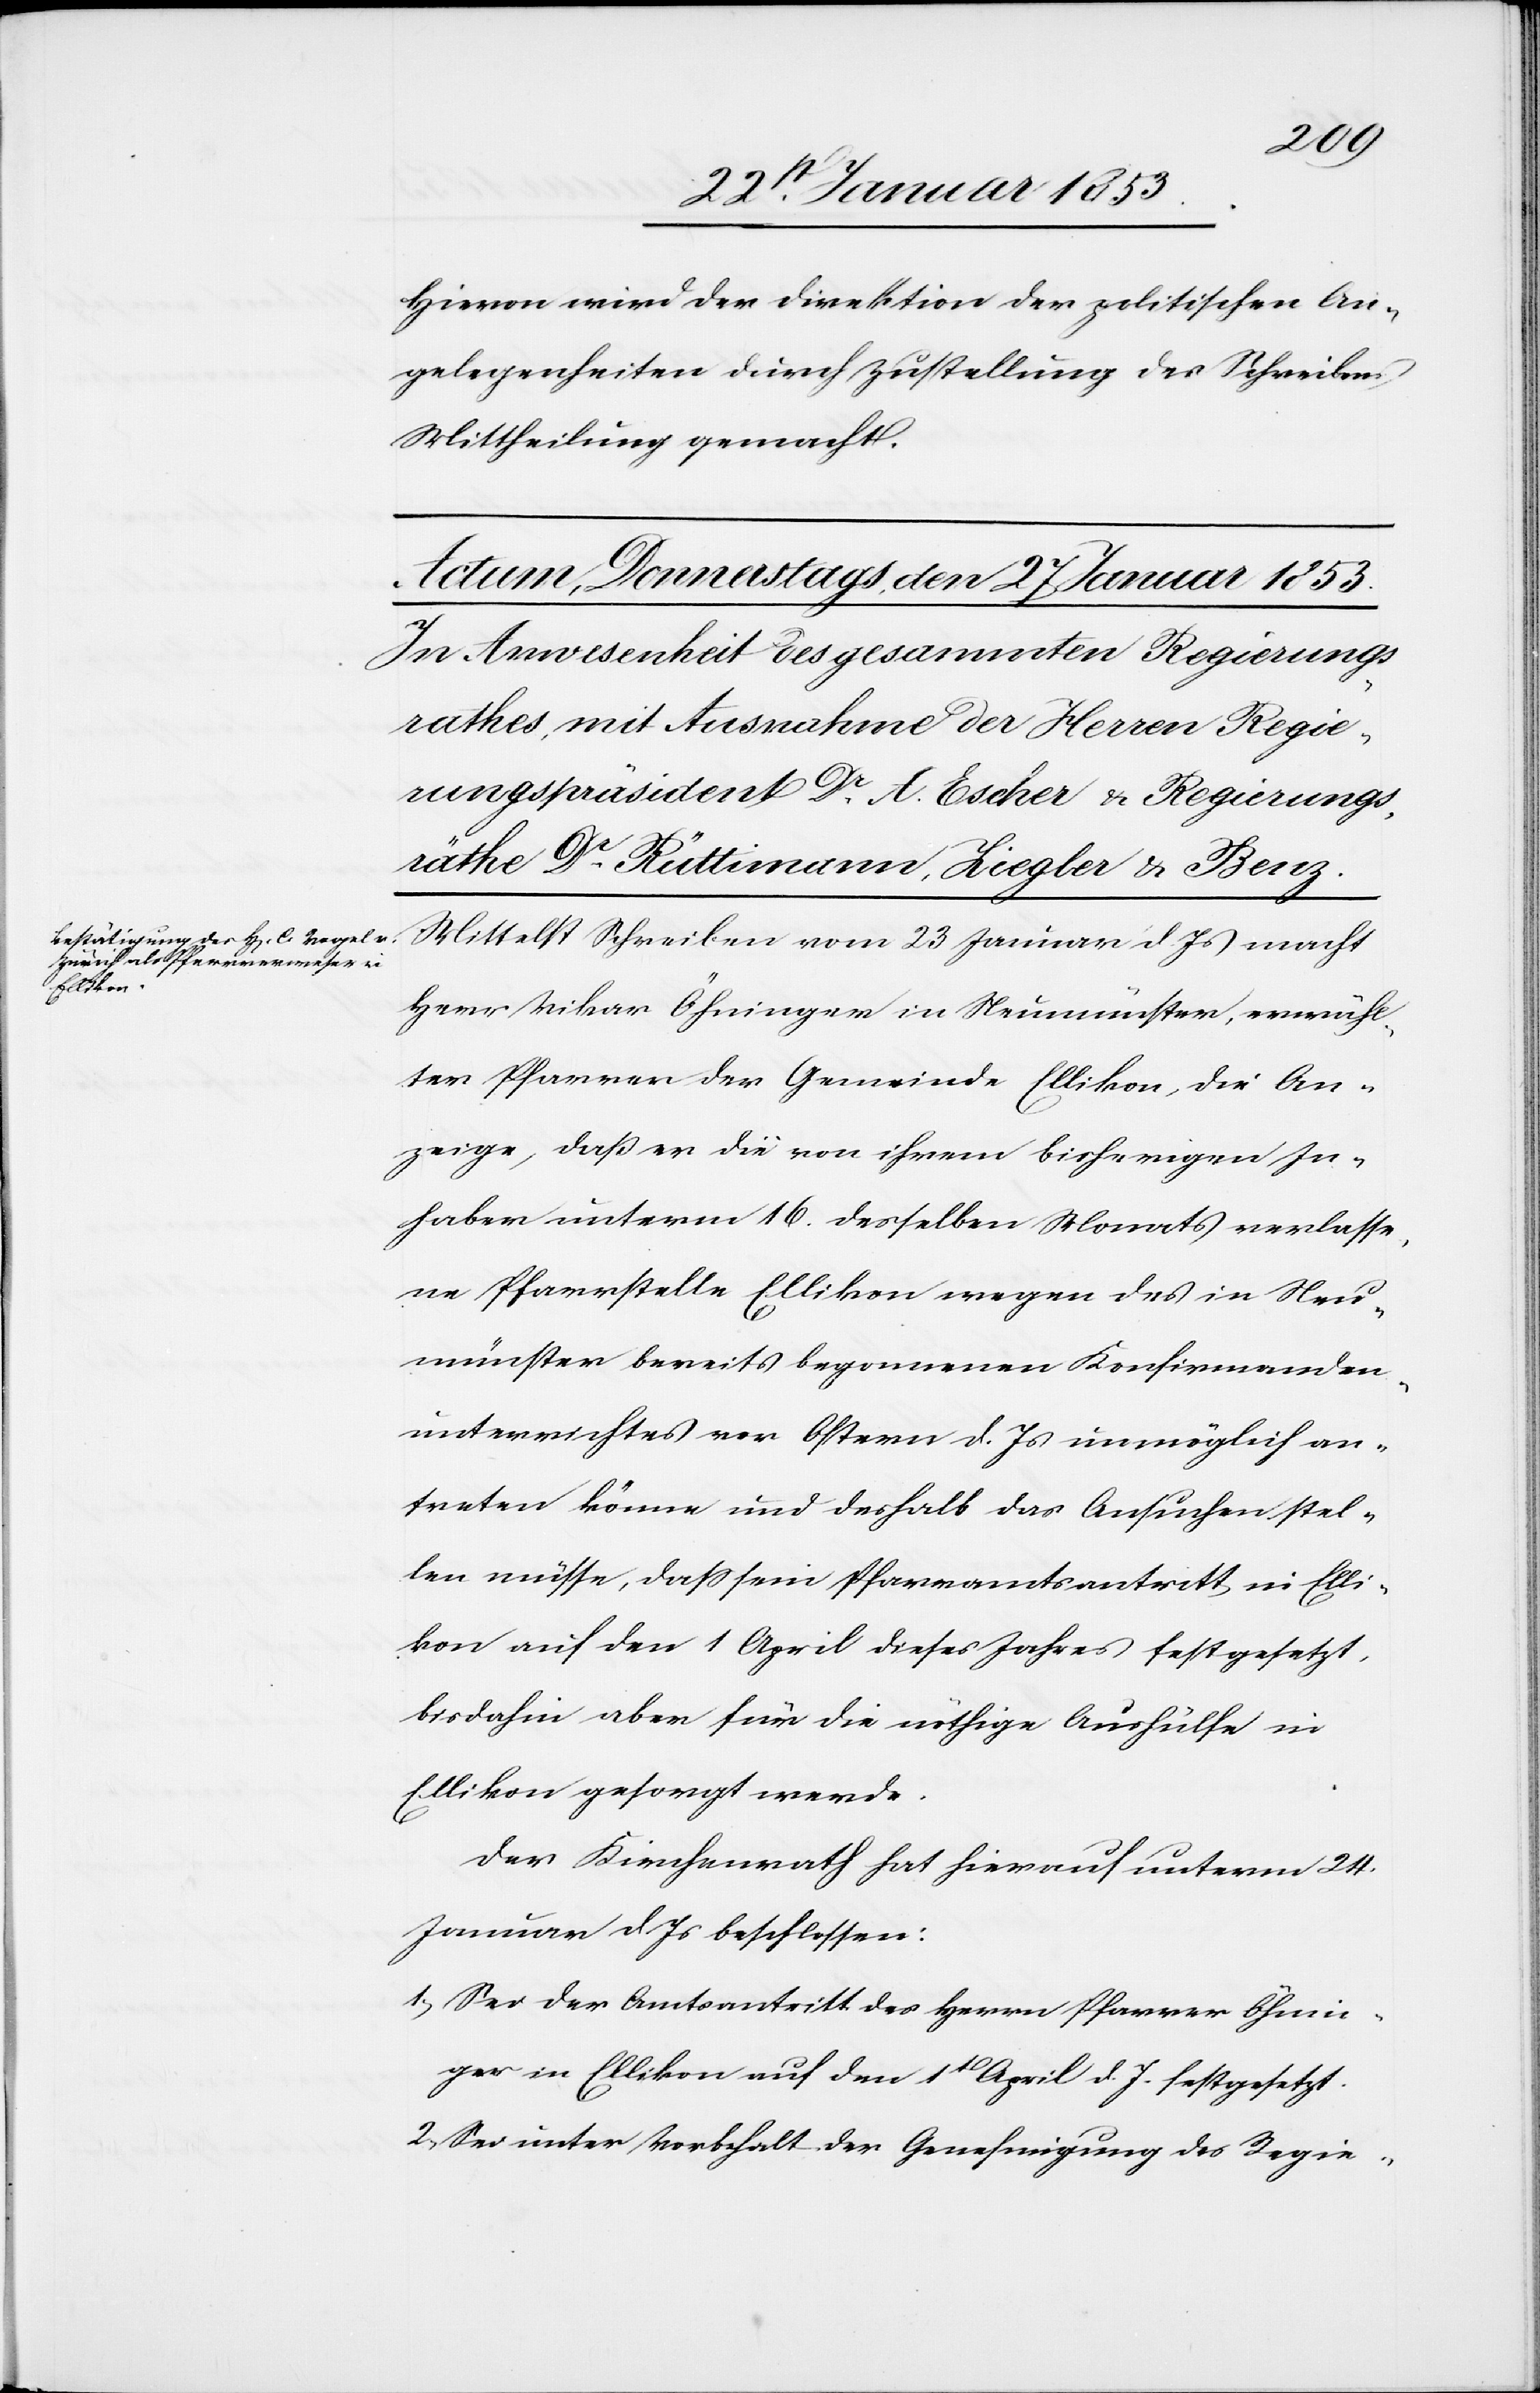
Hievon wird der Direktion der politischen An¬
gelegenheiten durch Zustellung des Schreibens
Mittheilung gemacht.
Mittelst Schreiben vom 23 Januar d. Js. macht
Herr Vikar Öhninger in Neumünster, erwähl¬
ter Pfarrer der Gemeinde Ellikon, die An¬
zeige, daß er die von ihrem bisherigen In¬
haber unterm 16. desselben Monats erlasse¬
ne Pfarrstelle Ellikon wegen des in Neu¬
münster bereits bezogenen Konfirmanden¬
unterrichtes vor Ostern d. Js. unmöglich an¬
treten könne und deshalb das Ansuchen stel¬
len müsse, daß sein Pfarramtsantritt in Elli¬
kon auf den 1 April dieses Jahres festgesetzt,
bisdahin aber für die nöthige Abhülfe in
Ellikon gesorgt werde.
Der Kirchenrath hat hierauf unterm 24.
Januar d. Js. beschlossen:
1, Sei der Amtsantritt des Herrn Pfarrer Öhnin¬
ger in Ellikon auf den 1t. April d. J. festgesetzt.
2, Sei unter Vorbehalt der Genehmigung des Regie-